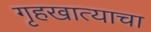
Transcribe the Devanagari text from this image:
गृहखात्याचा